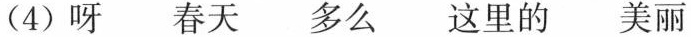
(4) 呀 春天 多么 这里的 美丽